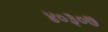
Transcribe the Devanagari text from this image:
४०३०७